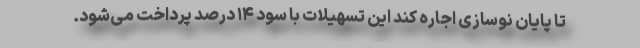
تا پایان نوسازی اجاره کند این تسهیلات با سود ۱۴ درصد پرداخت می‌شود.